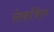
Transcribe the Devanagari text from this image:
लेकविल